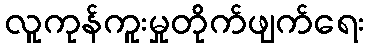
လူကုန်ကူးမှုတိုက်ဖျက်ရေး